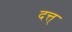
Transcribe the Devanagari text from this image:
दत्त्